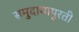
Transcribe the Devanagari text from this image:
समुदायापुरती